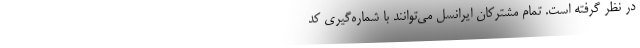
در نظر گرفته است. تمام مشترکان ایرانسل می‌توانند با شماره‌گیری کد